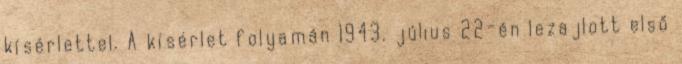
kísérlettel. A kísérlet folyamán 1943. július 22-én lezajlott első